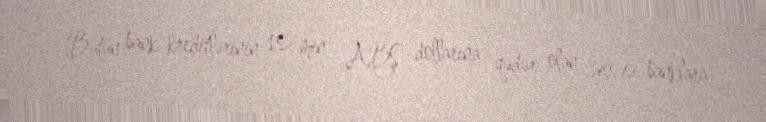
Bütün bank kreditlərinin 10 min ABŞ dollarına qədər olan hissəsi banklara